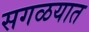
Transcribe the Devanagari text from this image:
सगळयात